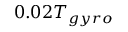
0 . 0 2 T _ { g y r o }